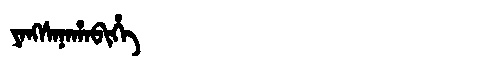
Manchu: ᠶᠠᠩᠰᠠᠨᠠᡥᠠᠪᡳᡥᡝ
Romanization: YANGSANAHABIHE